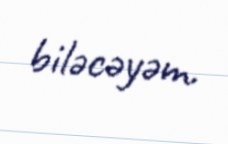
biləcəyəm.